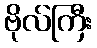
ဗိုလ်ကြီး